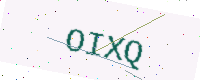
Text: OIXQ